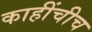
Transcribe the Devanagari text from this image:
काहींचीच